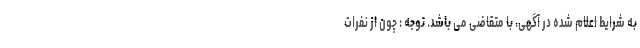
به شرایط اعلام شده در آگهی، با متقاضی می باشد. توجه : چون از نفرات